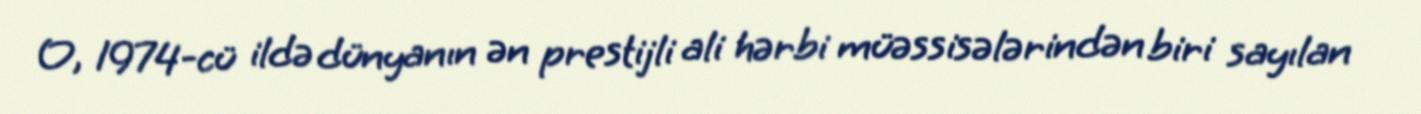
O, 1974-cü ildə dünyanın ən prestijli ali hərbi müəssisələrindən biri sayılan